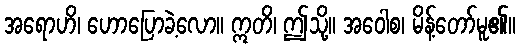
အရောဟိ၊ ဟောပြောခဲ့လော။ ဣတိ၊ ဤသို့။ အဝေါစ၊ မိန့်တော်မူ၏။